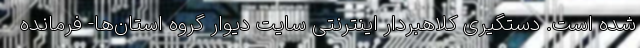
شده است. دستگیری کلاهبردار اینترنتی سایت دیوار گروه استان‌ها- فرمانده